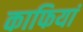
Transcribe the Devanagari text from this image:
काफियां